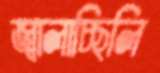
জ্বালাচ্ছিলি